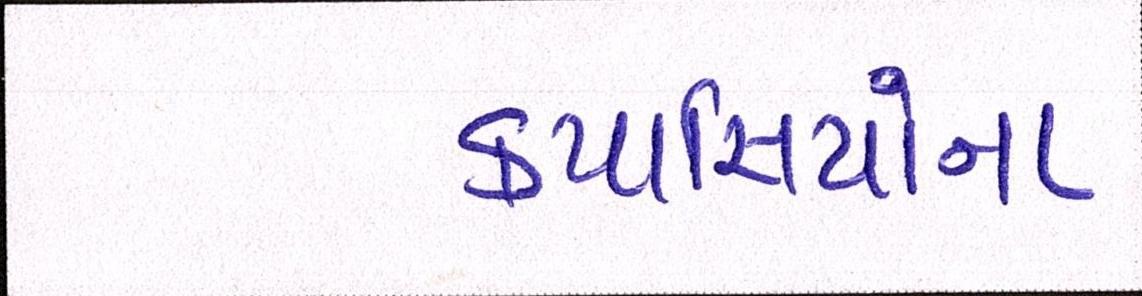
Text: કપાસિયાંના